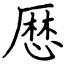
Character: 厯